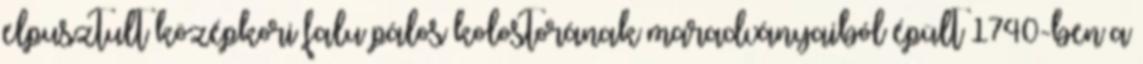
elpusztult középkori falu pálos kolostorának maradványaiból épült 1740-ben a